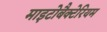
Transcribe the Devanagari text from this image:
माइटोबैक्टेरियम